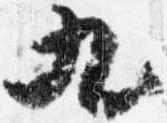
九